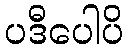
ပဒီပေါပိ